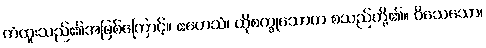
ကံထူးသည်၏အဖြစ်ကြောင့်။ ဧတေသံ၊ ထိုစက္ခုသောတ စသည်တို့၏။ ဝိသေသော၊